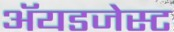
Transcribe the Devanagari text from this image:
ॲयडजेस्ट